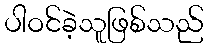
ပါဝင်ခဲ့သူဖြစ်သည်